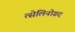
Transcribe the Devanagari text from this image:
त्सेलिनोग्रद